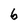
Character: 6